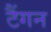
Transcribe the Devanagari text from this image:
टैंगन